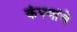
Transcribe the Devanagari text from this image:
कंपणांचे